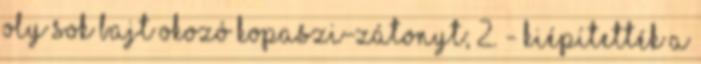
oly sok bajt okozó Kopaszi-zátonyt; 2. - kiépítették a